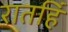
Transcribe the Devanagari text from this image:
रातहिं